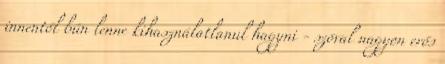
innentől bűn lenne kihasználatlanul hagyni - szóval nagyon erős